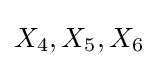
X_{4},X_{5},X_{6}